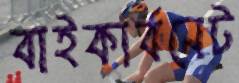
বাইকার্বনেট